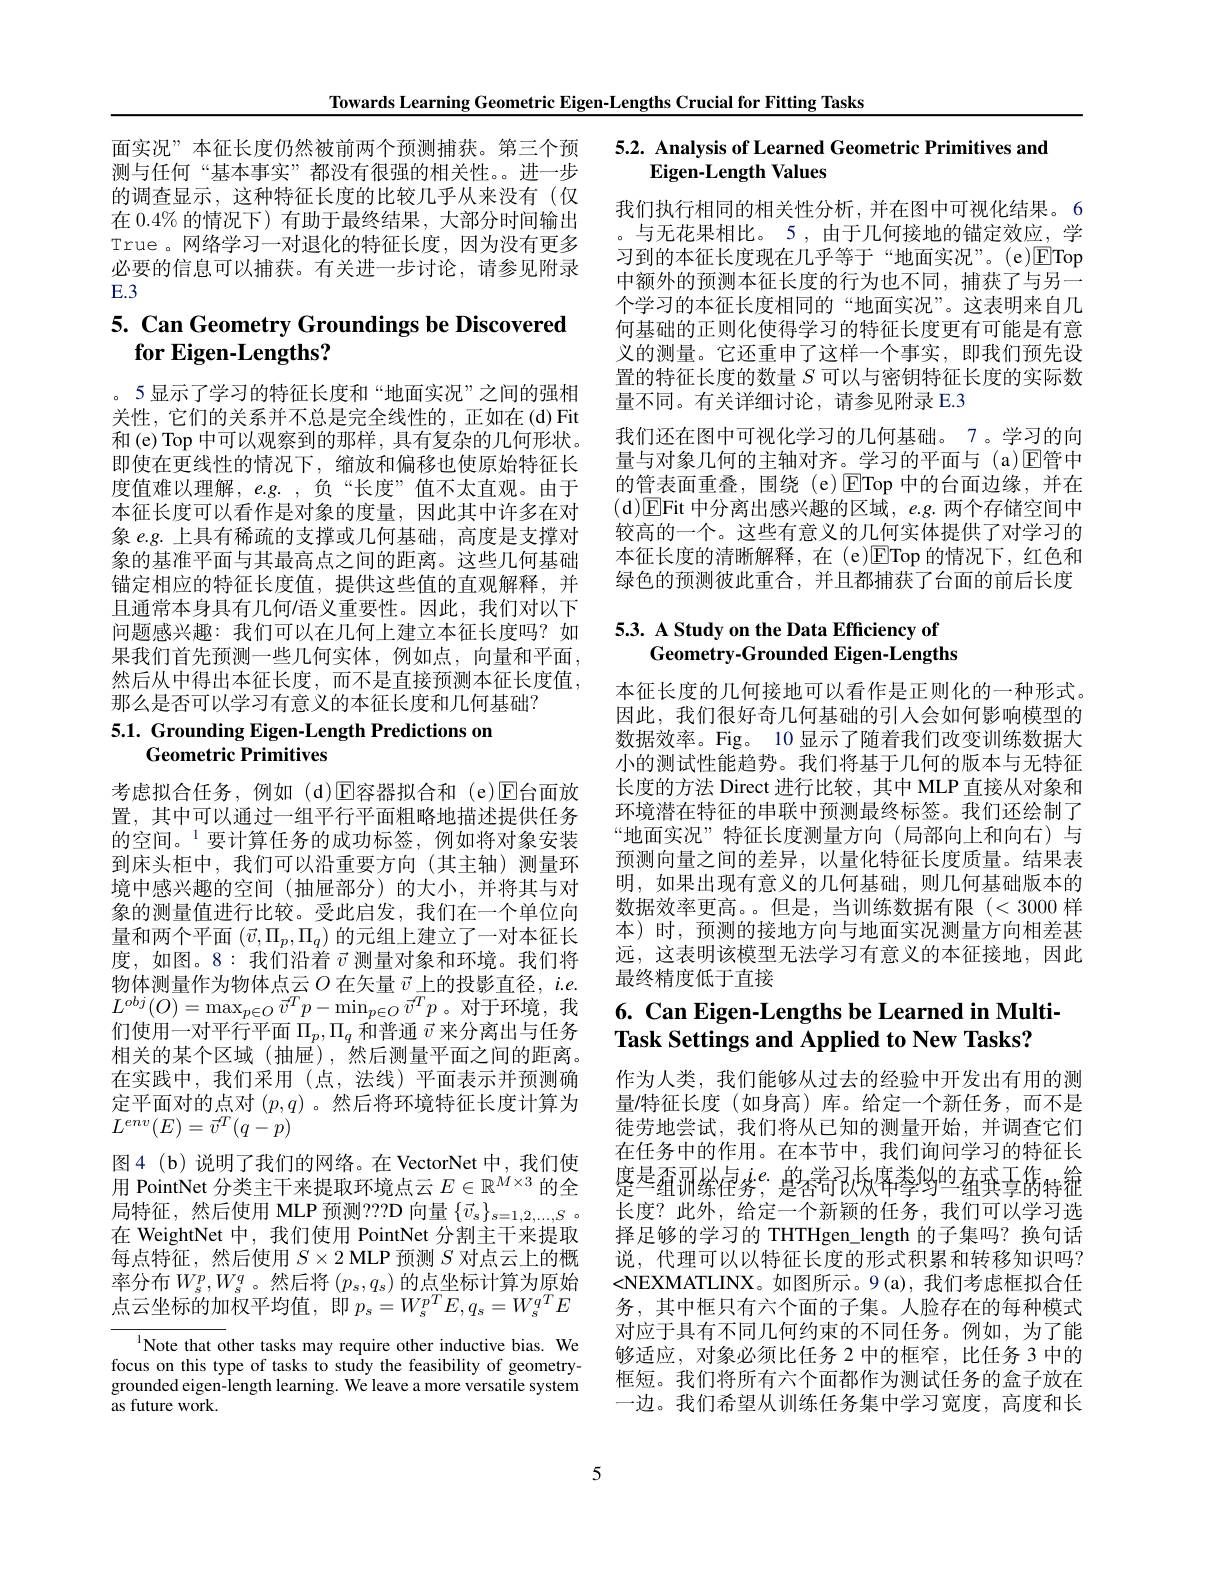
Towards Learning Geometric Eigen-Lengths Crucial for Fitting Tasks

测与任何“基本事实”都没有很强的相关性。进一步的调查显示，这种特征长度的比较几乎从来没有(仅在 0.4% 的情况下) 有助于最终结果，大部分时间输出True。网络学习一对退化的特征长度，因为没有更多必要的信息可以捕获。有关进一步讨论，请参见附录$E.3$

## $5. \textbf{ Can Geometry Groundings be Discovered}$ $\textbf{for Eigen- Lengths? }$

。5 显示了学习的特征长度和“地面实况”之间的强相关性，它们的关系并不总是完全线性的，正如在(d)Fit 和(e)Top 中可以观察到的那样，具有复杂的几何形状。即使在更线性的情况下，缩放和偏移也使原始特征长度值难以理解，e.g.,负“长度”值不太直观。由于本征长度可以看作是对象的度量，因此其中许多在对象 e.g. 上具有稀疏的支撑或几何基础，高度是支撑对象的基准平面与其最高点之间的距离。这些几何基础锚定相应的特征长度值，提供这些值的直观解释，并且通常本身具有几何/语义重要性。因此，我们对以下问题感兴趣：我们可以在几何上建立本征长度吗？如果我们首先预测一些几何实体，例如点，向量和平面， 然后从中得出本征长度，而不是直接预测本征长度值， 那么是否可以学习有意义的本征长度和几何基础？

# 5.1. Grounding Eigen-Length Predictions on Geometric Primitives

考虑拟合任务，例如(d)回容器拟合和(e)$\mathbb{E}$台面放置，其中可以通过一组平行平面粗略地描述提供任务的空间。$^{1}$要计算任务的成功标签，例如将对象安装到床头柜中，我们可以沿重要方向(其主轴)测量环境中感兴趣的空间(抽屉部分)的大小，并将其与对象的测量值进行比较。受此启发，我们在一个单位向量和两个平面$(\vec{v},\Pi_p,\Pi_q)$的元组上建立了一对本征长度，如图。8:我们沿着$\vec{v}$测量对象和环境。我们将物体测量作为物体点云$O$在矢量 $\vec{v}$ 上的投影直径，$i.e.$ $L^{obj}(O)=\operatorname*{max}_{p\in O}\vec{v}^{T}p-\operatorname*{min}_{p\in O}\vec{v}^{T}p$。对于环境，我们使用一对平行平面$\Pi_p,\Pi_q$和普通$\vec{v}$来分离出与任务相关的某个区域(抽屉),然后测量平面之间的距离。在实践中，我们采用(点，法线)平面表示并预测确定平面对的点对$(p,q)$ 。然后将环境特征长度计算为$L^{env}(E)=\vec{v}^T(q-p)$
图4(b)说明了我们的网络。在 VectorNet 中，我们使
图4(b)说明」我们的网络。在 VectorNet 中，我们使 度是至丽絲裎劣$^{ie.}$ 蹩眷司长喀拳珍$^{\mathrm{d}}$查英马街特箍用 PointNet 分类主干来提取环境点云 $E\in\mathbb{R}^{M\times3}$ 的全 是一叠面紧轻务，蹩舂耇设烦苒拳缪苎雍英马街特箍目时行 维氏传田 MD可到19000 白目$(\neg)$
局特征，然后使用 MLP 预测？??D 向量$\{\vec{v}_s\}_{s=1,2,\ldots,S}$ 。在 WeightNet 中，我们使用 PointNet 分割主干来提取每点特征，然后使用$S\times2$ MLP 预测$S$对点云上的概率分布$W_s^p,W_s^q$。然后将$\left(p_s,q_s\right)\text{的点坐标计算为原始}_n$ 点云坐标的加权平均值，即$p_s=W_s^{pT}E,q_s=W_s^{qT}E$

Note that other tasks may require other inductive bias. We focus on this type of tasks to study the feasibility of geometrygrounded eigen-length learning. We leave a more versatile system as future work.

# 面实况”本征长度仍然被前两个预测捕获。第三个预 5.2. Analysis of Learned Geometric Primitives and Eigen-Length Values

我们执行相同的相关性分析，并在图中可视化结果。6 。与无花果相比。5 , 由于几何接地的锚定效应，学习到的本征长度现在几乎等于“地面实况”。(e)ETop 中额外的预测本征长度的行为也不同，捕获了与另一个学习的本征长度相同的“地面实况”。这表明来自几何基础的正则化使得学习的特征长度更有可能是有意义的测量。它还重申了这样一个事实，即我们预先设置的特征长度的数量$S$可以与密钥特征长度的实际数量不同。有关详细讨论，请参见附录 E.3
我们还在图中可视化学习的几何基础。7。学习的向量与对象几何的主轴对齐。学习的平面与 (a)$\mathbb{E}$管中的管表面重叠，围绕(e)ETop 中的台面边缘，并在(d)☑Fit 中分离出感兴趣的区域，e.g. 两个存储空间中较高的一个。这些有意义的几何实体提供了对学习的本征长度的清晰解释，在(e)ETop的情况下，红色和绿色的预测彼此重合，并且都捕获了台面的前后长度

# 5.3. A Study on the Data Efficiency of Geometry-Grounded Eigen-Lengths

本征长度的几何接地可以看作是正则化的一种形式。因此，我们很好奇几何基础的引人会如何影响模型的数据效率。Fig。10 显示了随着我们改变训练数据大小的测试性能趋势。我们将基于几何的版本与无特征长度的方法 Direct 进行比较，其中 MLP 直接从对象和环境潜在特征的串联中预测最终标签。我们还绘制了“地面实况”特征长度测量方向(局部向上和向右)与预测向量之间的差异，以量化特征长度质量。结果表明，如果出现有意义的几何基础，则几何基础版本的数据效率更高。但是，当训练数据有限(<3000 样本)时，预测的接地方向与地面实况测量方向相差甚远，这表明该模型无法学习有意义的本征接地，因此最终精度低于直接

# 6. Can Eigen-Lengths be Learned in MultiTask Settings and Applied to New Tasks?

作为人类，我们能够从过去的经验中开发出有用的测量/特征长度(如身高)库。给定一个新任务，而不是徒劳地尝试，我们将从已知的测量开始，并调查它们在任务中的作用。在本节中，我们询问学习的特征长长度？此外，给定一个新颖的任务，我们可以学习选择足够的学习的 THTHgen\_length 的子集吗？换句话说，代理可以以特征长度的形式积累和转移知识吗？ <NEXMATLINX。如图所示。9(a),我们考虑框拟合任务，其中框只有六个面的子集。人脸存在的每种模式对应于具有不同几何约束的不同任务。例如，为了能够适应，对象必须比任务 2 中的框窄，比任务 3 中的框短。我们将所有六个面都作为测试任务的盒子放在一边。我们希望从训练任务集中学习宽度，高度和长

5